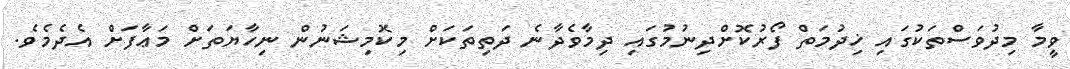
ވީމާ މިދުވަސްތަކުގައި ޚިދުމަތް ފޯރުކޮށްދިނުމުގައި ދިމާވެދާނެ ދަތިތަކަށް މިކޮމިޝަނުން ނިހާޔަތަށް މަޢާފަށް އެދެމެވެ.